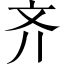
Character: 齐